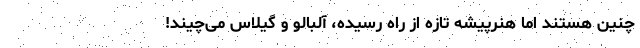
چنین هستند اما هنرپیشه تازه از راه رسیده، آلبالو و گیلاس می‌چیند!